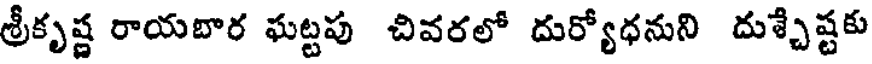
శ్రీకృష్ణ రాయబార ఘట్టపు చివరలో దుర్యోధనుని దుశ్చేష్టకు